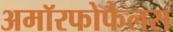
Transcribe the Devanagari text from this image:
अमॉरफोफैलस